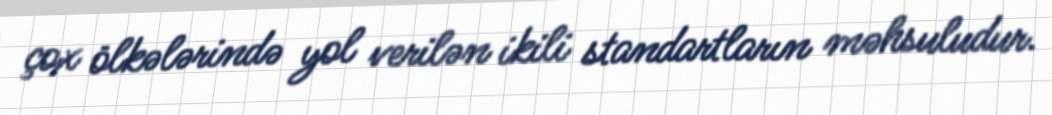
çox ölkələrində yol verilən ikili standartların məhsuludur.